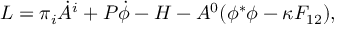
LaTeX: { \cal L } = \pi _ { i } \dot { A } ^ { i } + P \dot { \phi } - { \cal H } - A ^ { 0 } ( \phi ^ { * } \phi - \kappa F _ { 1 2 } ) ,